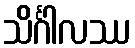
သိင်္ဂါလဿ